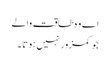
اے وہ طاقت والے
جو کمزور نہیں ہوتا ۔